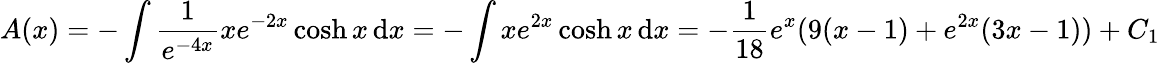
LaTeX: A(x)=-\int{\frac{1}{e^{-4x}}}xe^{-2x}\cosh x\, \mathrm{d}x=-\int xe^{2x}\cosh x\, \mathrm{d}x=-{\frac{1}{18}}e^{x}(9(x-1)+e^{2x}(3x-1))+C_{1}